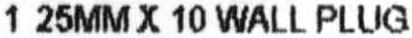
1 25MM X 10 WALL PLUG